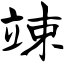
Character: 竦